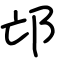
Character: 邙